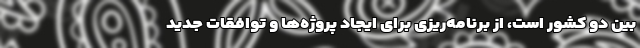
بین دو کشور است، از برنامه‌ریزی برای ایجاد پروژه‌ها و توافقات جدید